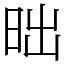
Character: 昢